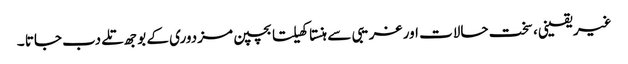
غیر یقینی، سخت حالات اور غریبی سے ہنستا کھیلتا بچپن مزدوری کے بوجھ تلے دب جاتا ۔